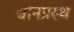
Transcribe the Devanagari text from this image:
श्वानप्रस्थ